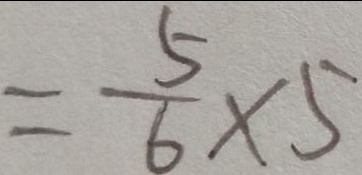
= \frac { 5 } { 6 } \times 5